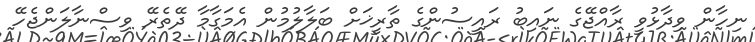
ނިހާން ވިދާޅުވީ ރާއްޖޭގެ ނައިބު ރައީސުންގެ ތާރީޚަށް ބަލާލުމުން އެމަގާމާ ދޭތެރޭ ވިސްނާލަންޖެހޭ